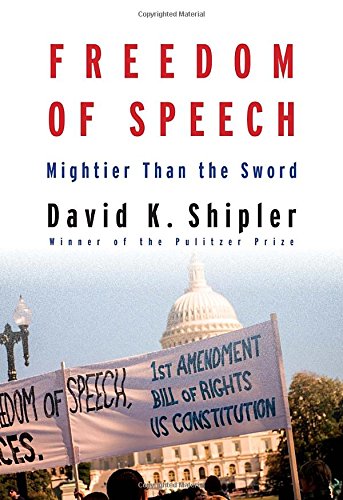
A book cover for Freedom of Speech: Mightier Than the Sword; David K. Shipler; Law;